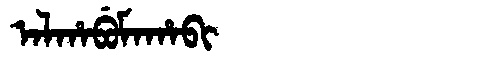
Manchu: ᠠᠯᡥᠠᠪᡠᠮᠠᡥᠠᠪᡳ
Romanization: ALHABUMAHABI